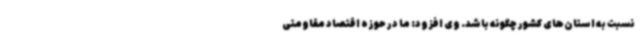
نسبت به استان‌های کشور چگونه باشد. وی افزود: ما در حوزه اقتصاد مقاومتی